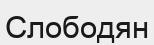
Слободян